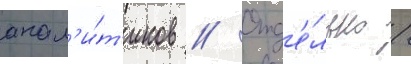
анал'и́т'иков // Отд'е́льно /